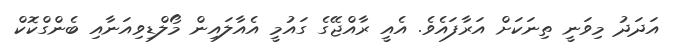
އަދަދު މިވަނީ ތިނަކަށް އަރާފައެވެ. އެއީ ރާއްޖޭގެ ގައުމީ އެއާލައިން މޯލްޑިވިއަނާއި ބެންގްކޮކް